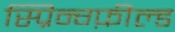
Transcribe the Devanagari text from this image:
स्प्रिन्ग्फ़ील्ड